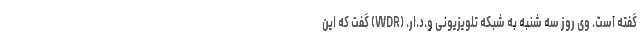
گفته است. وی روز سه شنبه به شبکه تلویزیونی و.د.ار. (WDR) گفت که این